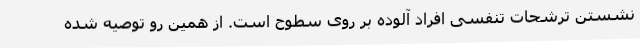
نشستن ترشحات تنفسی افراد آلوده بر روی سطوح است. از همین رو توصیه شده